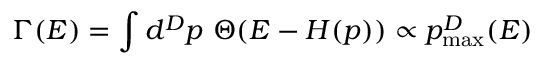
\Gamma ( E ) = \int d ^ { D } p \ \Theta ( E - H ( p ) ) \propto p _ { \mathrm { m a x } } ^ { D } ( E )